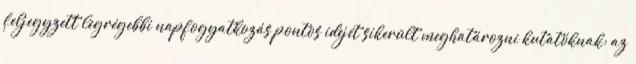
feljegyzett legrégebbi napfogyatkozás pontos idejét sikerült meghatározni kutatóknak: az